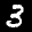
Label: 3